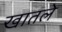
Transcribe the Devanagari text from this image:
खातले